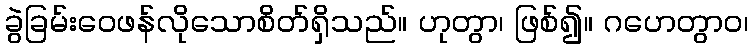
ခွဲခြမ်းဝေဖန်လိုသောစိတ်ရှိသည်။ ဟုတွာ၊ ဖြစ်၍။ ဂဟေတွာဝ၊